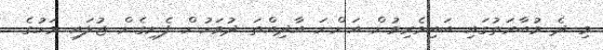
މި ދެ މުބާރަތުގައި ބައިވެރިވުން އަންނަ އާދިއްތަ ދުވަހުން ފެށިގެން ޖުލައި މަހުގެ